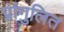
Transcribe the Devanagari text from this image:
प्रांगुलित